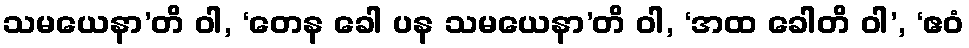
သမယေနာ’တိ ဝါ, ‘တေန ခေါ ပန သမယေနာ’တိ ဝါ, ‘အထ ခေါတိ ဝါ’, ‘ဧဝံ